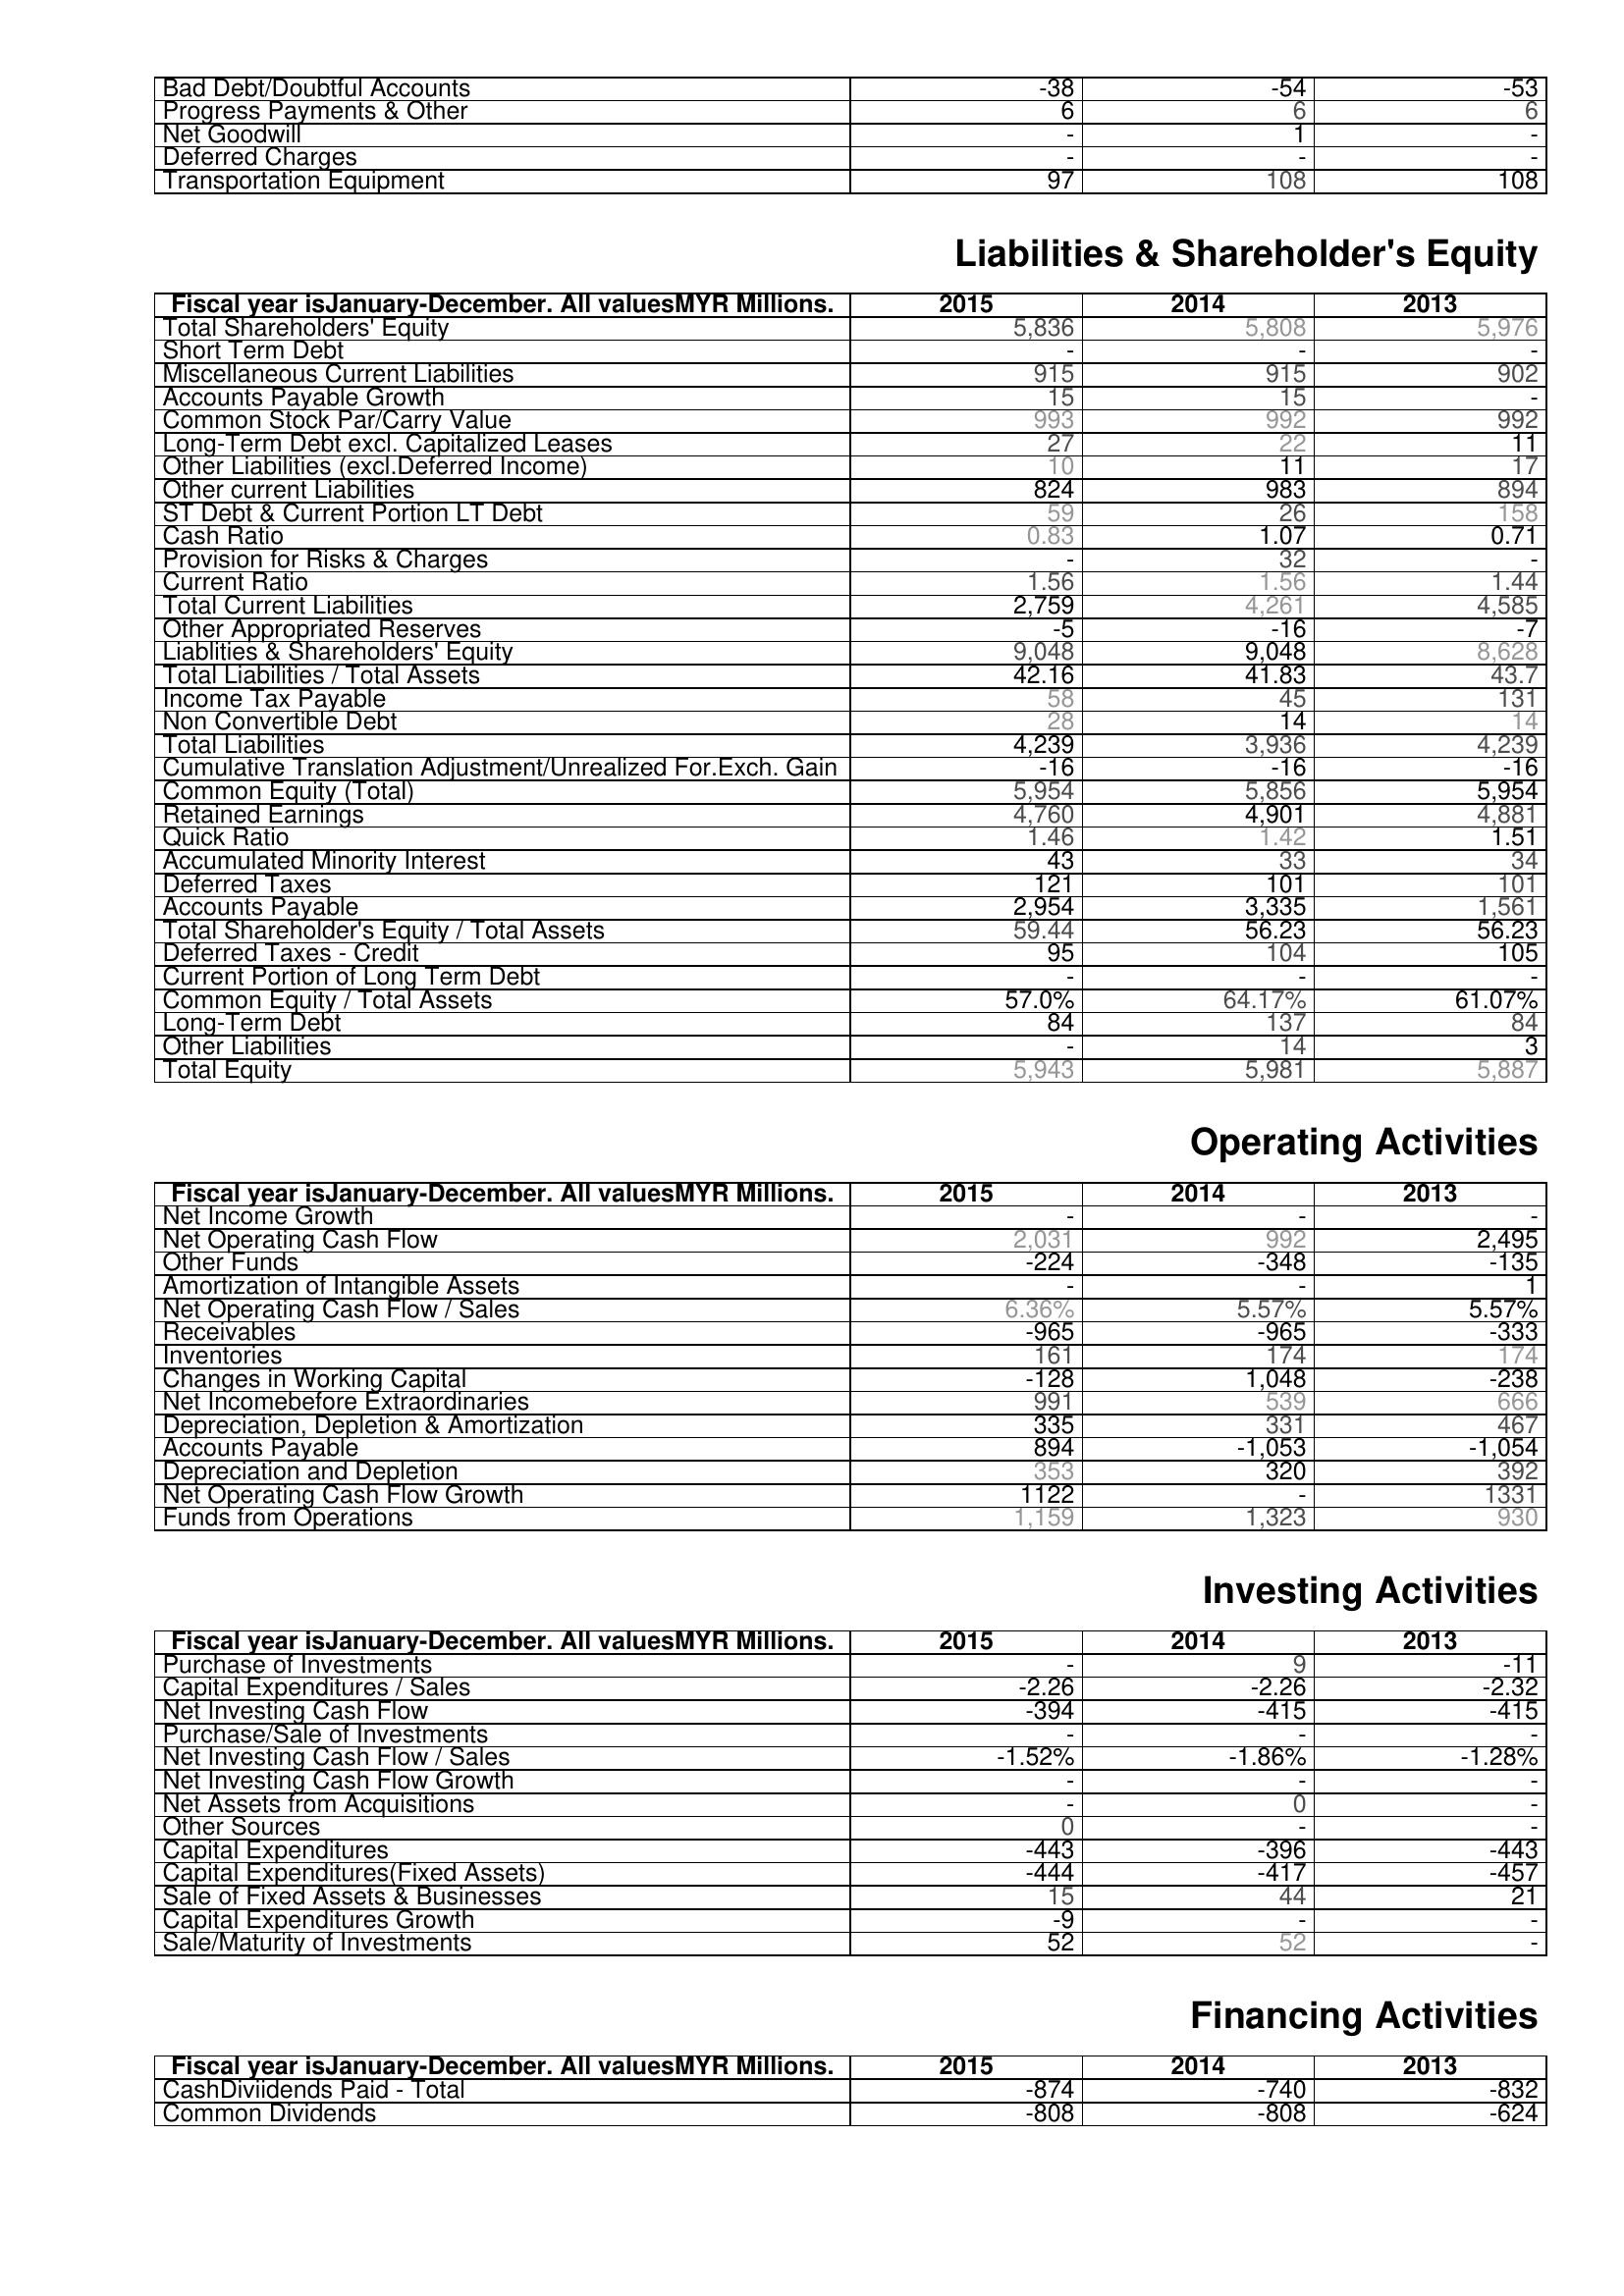
2015: Assets: Bad Debt/Doubtful Accounts: -38
Progress Payments & Other: 6
Net Goodwill: -
Deferred Charges: -
Transportation Equipment: 97
Liabilities & Shareholder's Equity: Total Shareholders' Equity: 5,836
Short Term Debt: -
Miscellaneous Current Liabilities: 915
Accounts Payable Growth: 15
Common Stock Par/Carry Value: 993
Long-Term Debt excl. Capitalized Leases: 27
Other Liabilities (excl.Deferred Income): 10
Other current Liabilities: 824
ST Debt & Current Portion LT Debt: 59
Cash Ratio: 0.83
Provision for Risks & Charges: -
Current Ratio: 1.56
Total Current Liabilities: 2,759
Other Appropriated Reserves: -5
Liablities & Shareholders' Equity: 9,048
Total Liabilities / Total Assets: 42.16
Income Tax Payable: 58
Non Convertible Debt: 28
Total Liabilities: 4,239
Cumulative Translation Adjustment/Unrealized For.Exch. Gain: -16
Common Equity (Total): 5,954
Retained Earnings: 4,760
Quick Ratio: 1.46
Accumulated Minority Interest: 43
Deferred Taxes: 121
Accounts Payable: 2,954
Total Shareholder's Equity / Total Assets: 59.44
Deferred Taxes - Credit: 95
Current Portion of Long Term Debt: -
Common Equity / Total Assets: 57.0%
Long-Term Debt: 84
Other Liabilities: -
Total Equity: 5,943
Operating Activities: Net Income Growth: -
Net Operating Cash Flow: 2,031
Other Funds: -224
Amortization of Intangible Assets: -
Net Operating Cash Flow / Sales: 6.36%
Receivables: -965
Inventories: 161
Changes in Working Capital: -128
Net Incomebefore Extraordinaries: 991
Depreciation, Depletion & Amortization: 335
Accounts Payable: 894
Depreciation and Depletion: 353
Net Operating Cash Flow Growth: 1122
Funds from Operations: 1,159
Investing Activities: Purchase of Investments: -
Capital Expenditures / Sales: -2.26
Net Investing Cash Flow: -394
Purchase/Sale of Investments: -
Net Investing Cash Flow / Sales: -1.52%
Net Investing Cash Flow Growth: -
Net Assets from Acquisitions: -
Other Sources: 0
Capital Expenditures: -443
Capital Expenditures(Fixed Assets): -444
Sale of Fixed Assets & Businesses: 15
Capital Expenditures Growth: -9
Sale/Maturity of Investments: 52
Financing Activities: CashDiviidends Paid - Total: -874
Common Dividends: -808
2014: Assets: Bad Debt/Doubtful Accounts: -54
Progress Payments & Other: 6
Net Goodwill: 1
Deferred Charges: -
Transportation Equipment: 108
Liabilities & Shareholder's Equity: Total Shareholders' Equity: 5,808
Short Term Debt: -
Miscellaneous Current Liabilities: 915
Accounts Payable Growth: 15
Common Stock Par/Carry Value: 992
Long-Term Debt excl. Capitalized Leases: 22
Other Liabilities (excl.Deferred Income): 11
Other current Liabilities: 983
ST Debt & Current Portion LT Debt: 26
Cash Ratio: 1.07
Provision for Risks & Charges: 32
Current Ratio: 1.56
Total Current Liabilities: 4,261
Other Appropriated Reserves: -16
Liablities & Shareholders' Equity: 9,048
Total Liabilities / Total Assets: 41.83
Income Tax Payable: 45
Non Convertible Debt: 14
Total Liabilities: 3,936
Cumulative Translation Adjustment/Unrealized For.Exch. Gain: -16
Common Equity (Total): 5,856
Retained Earnings: 4,901
Quick Ratio: 1.42
Accumulated Minority Interest: 33
Deferred Taxes: 101
Accounts Payable: 3,335
Total Shareholder's Equity / Total Assets: 56.23
Deferred Taxes - Credit: 104
Current Portion of Long Term Debt: -
Common Equity / Total Assets: 64.17%
Long-Term Debt: 137
Other Liabilities: 14
Total Equity: 5,981
Operating Activities: Net Income Growth: -
Net Operating Cash Flow: 992
Other Funds: -348
Amortization of Intangible Assets: -
Net Operating Cash Flow / Sales: 5.57%
Receivables: -965
Inventories: 174
Changes in Working Capital: 1,048
Net Incomebefore Extraordinaries: 539
Depreciation, Depletion & Amortization: 331
Accounts Payable: -1,053
Depreciation and Depletion: 320
Net Operating Cash Flow Growth: -
Funds from Operations: 1,323
Investing Activities: Purchase of Investments: 9
Capital Expenditures / Sales: -2.26
Net Investing Cash Flow: -415
Purchase/Sale of Investments: -
Net Investing Cash Flow / Sales: -1.86%
Net Investing Cash Flow Growth: -
Net Assets from Acquisitions: 0
Other Sources: -
Capital Expenditures: -396
Capital Expenditures(Fixed Assets): -417
Sale of Fixed Assets & Businesses: 44
Capital Expenditures Growth: -
Sale/Maturity of Investments: 52
Financing Activities: CashDiviidends Paid - Total: -740
Common Dividends: -808
2013: Assets: Bad Debt/Doubtful Accounts: -53
Progress Payments & Other: 6
Net Goodwill: -
Deferred Charges: -
Transportation Equipment: 108
Liabilities & Shareholder's Equity: Total Shareholders' Equity: 5,976
Short Term Debt: -
Miscellaneous Current Liabilities: 902
Accounts Payable Growth: -
Common Stock Par/Carry Value: 992
Long-Term Debt excl. Capitalized Leases: 11
Other Liabilities (excl.Deferred Income): 17
Other current Liabilities: 894
ST Debt & Current Portion LT Debt: 158
Cash Ratio: 0.71
Provision for Risks & Charges: -
Current Ratio: 1.44
Total Current Liabilities: 4,585
Other Appropriated Reserves: -7
Liablities & Shareholders' Equity: 8,628
Total Liabilities / Total Assets: 43.7
Income Tax Payable: 131
Non Convertible Debt: 14
Total Liabilities: 4,239
Cumulative Translation Adjustment/Unrealized For.Exch. Gain: -16
Common Equity (Total): 5,954
Retained Earnings: 4,881
Quick Ratio: 1.51
Accumulated Minority Interest: 34
Deferred Taxes: 101
Accounts Payable: 1,561
Total Shareholder's Equity / Total Assets: 56.23
Deferred Taxes - Credit: 105
Current Portion of Long Term Debt: -
Common Equity / Total Assets: 61.07%
Long-Term Debt: 84
Other Liabilities: 3
Total Equity: 5,887
Operating Activities: Net Income Growth: -
Net Operating Cash Flow: 2,495
Other Funds: -135
Amortization of Intangible Assets: 1
Net Operating Cash Flow / Sales: 5.57%
Receivables: -333
Inventories: 174
Changes in Working Capital: -238
Net Incomebefore Extraordinaries: 666
Depreciation, Depletion & Amortization: 467
Accounts Payable: -1,054
Depreciation and Depletion: 392
Net Operating Cash Flow Growth: 1331
Funds from Operations: 930
Investing Activities: Purchase of Investments: -11
Capital Expenditures / Sales: -2.32
Net Investing Cash Flow: -415
Purchase/Sale of Investments: -
Net Investing Cash Flow / Sales: -1.28%
Net Investing Cash Flow Growth: -
Net Assets from Acquisitions: -
Other Sources: -
Capital Expenditures: -443
Capital Expenditures(Fixed Assets): -457
Sale of Fixed Assets & Businesses: 21
Capital Expenditures Growth: -
Sale/Maturity of Investments: -
Financing Activities: CashDiviidends Paid - Total: -832
Common Dividends: -624